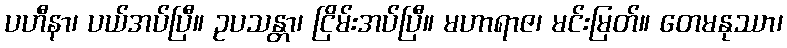
ပဟီနာ၊ ပယ်အပ်ပြီ။ ဥပသန္တာ၊ ငြိမ်းအပ်ပြီ။ မဟာရာဇ၊ မင်းမြတ်။ တေမနုဿာ၊